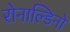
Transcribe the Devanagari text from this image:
रोनाल्डिनो